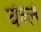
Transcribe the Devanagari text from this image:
वेंब्ले